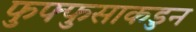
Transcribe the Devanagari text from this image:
फुफ्फुसाकडुन